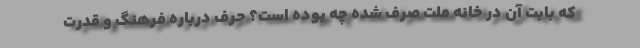
که بابت آن در خانه ملت صرف شده چه بوده است؟ حرف درباره فرهنگ و قدرت